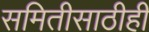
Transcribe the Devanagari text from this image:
समितीसाठीही